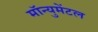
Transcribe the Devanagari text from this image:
मॉन्युमेंटल